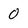
Character: 0